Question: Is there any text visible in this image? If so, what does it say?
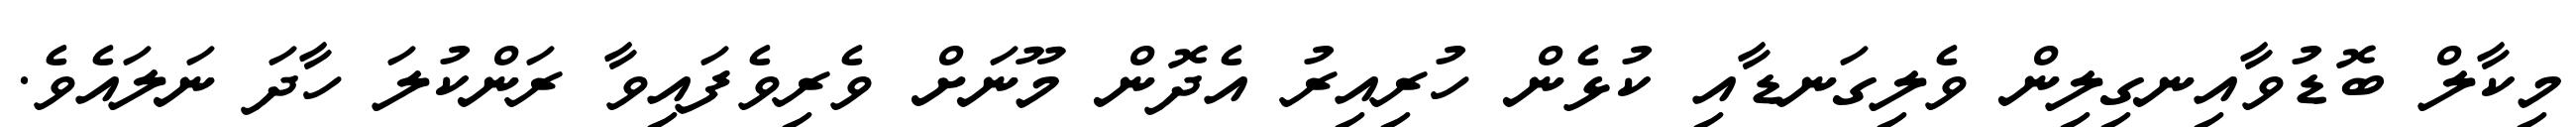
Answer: މިކާލް ބޮޑުވާއިނގިލިން ވެލިގަނޑާއި ކުޅެން ހުރިއިރު އެދޮން މޫނަށް ވެރިވެފައިވާ ރަންކުލަ ހާދަ ނަލައެވެ.